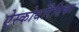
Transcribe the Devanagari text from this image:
ऐस्कोथोरैसिका